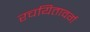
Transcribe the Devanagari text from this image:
रचयितावर्ग